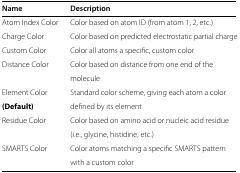
| Name | Description |
 | --- | --- |
 | Atom Index Color | Color based on atom ID (from atom 1, 2, etc.) |
 | Charge Color | Color based on predicted electrostatic partial charge |
 | Custom Color | Color all atoms a specific, custom color |
 | Distance Color | Color based on distance from one end of the |
 |  | molecule |
 | Element Color | Standard color scheme, giving each atom a color |
 | (Default) | defined by its element |
 | Residue Color | Color based on amino acid or nucleic acid residue |
 |  | (i.e., glycine, histidine, etc.) |
 | SMARTS Color | Color atoms matching a specific SMARTS pattern |
 |  | with a custom color |